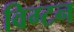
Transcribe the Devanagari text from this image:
विग्टन